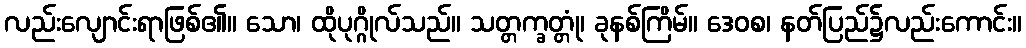
လည်းလျောင်းရာဖြစ်၏။ သော၊ ထိုပုဂ္ဂိုလ်သည်။ သတ္တက္ခတ္တုံ၊ ခုနစ်ကြိမ်။ ဒေဝစ၊ နတ်ပြည်၌လည်းကောင်း။